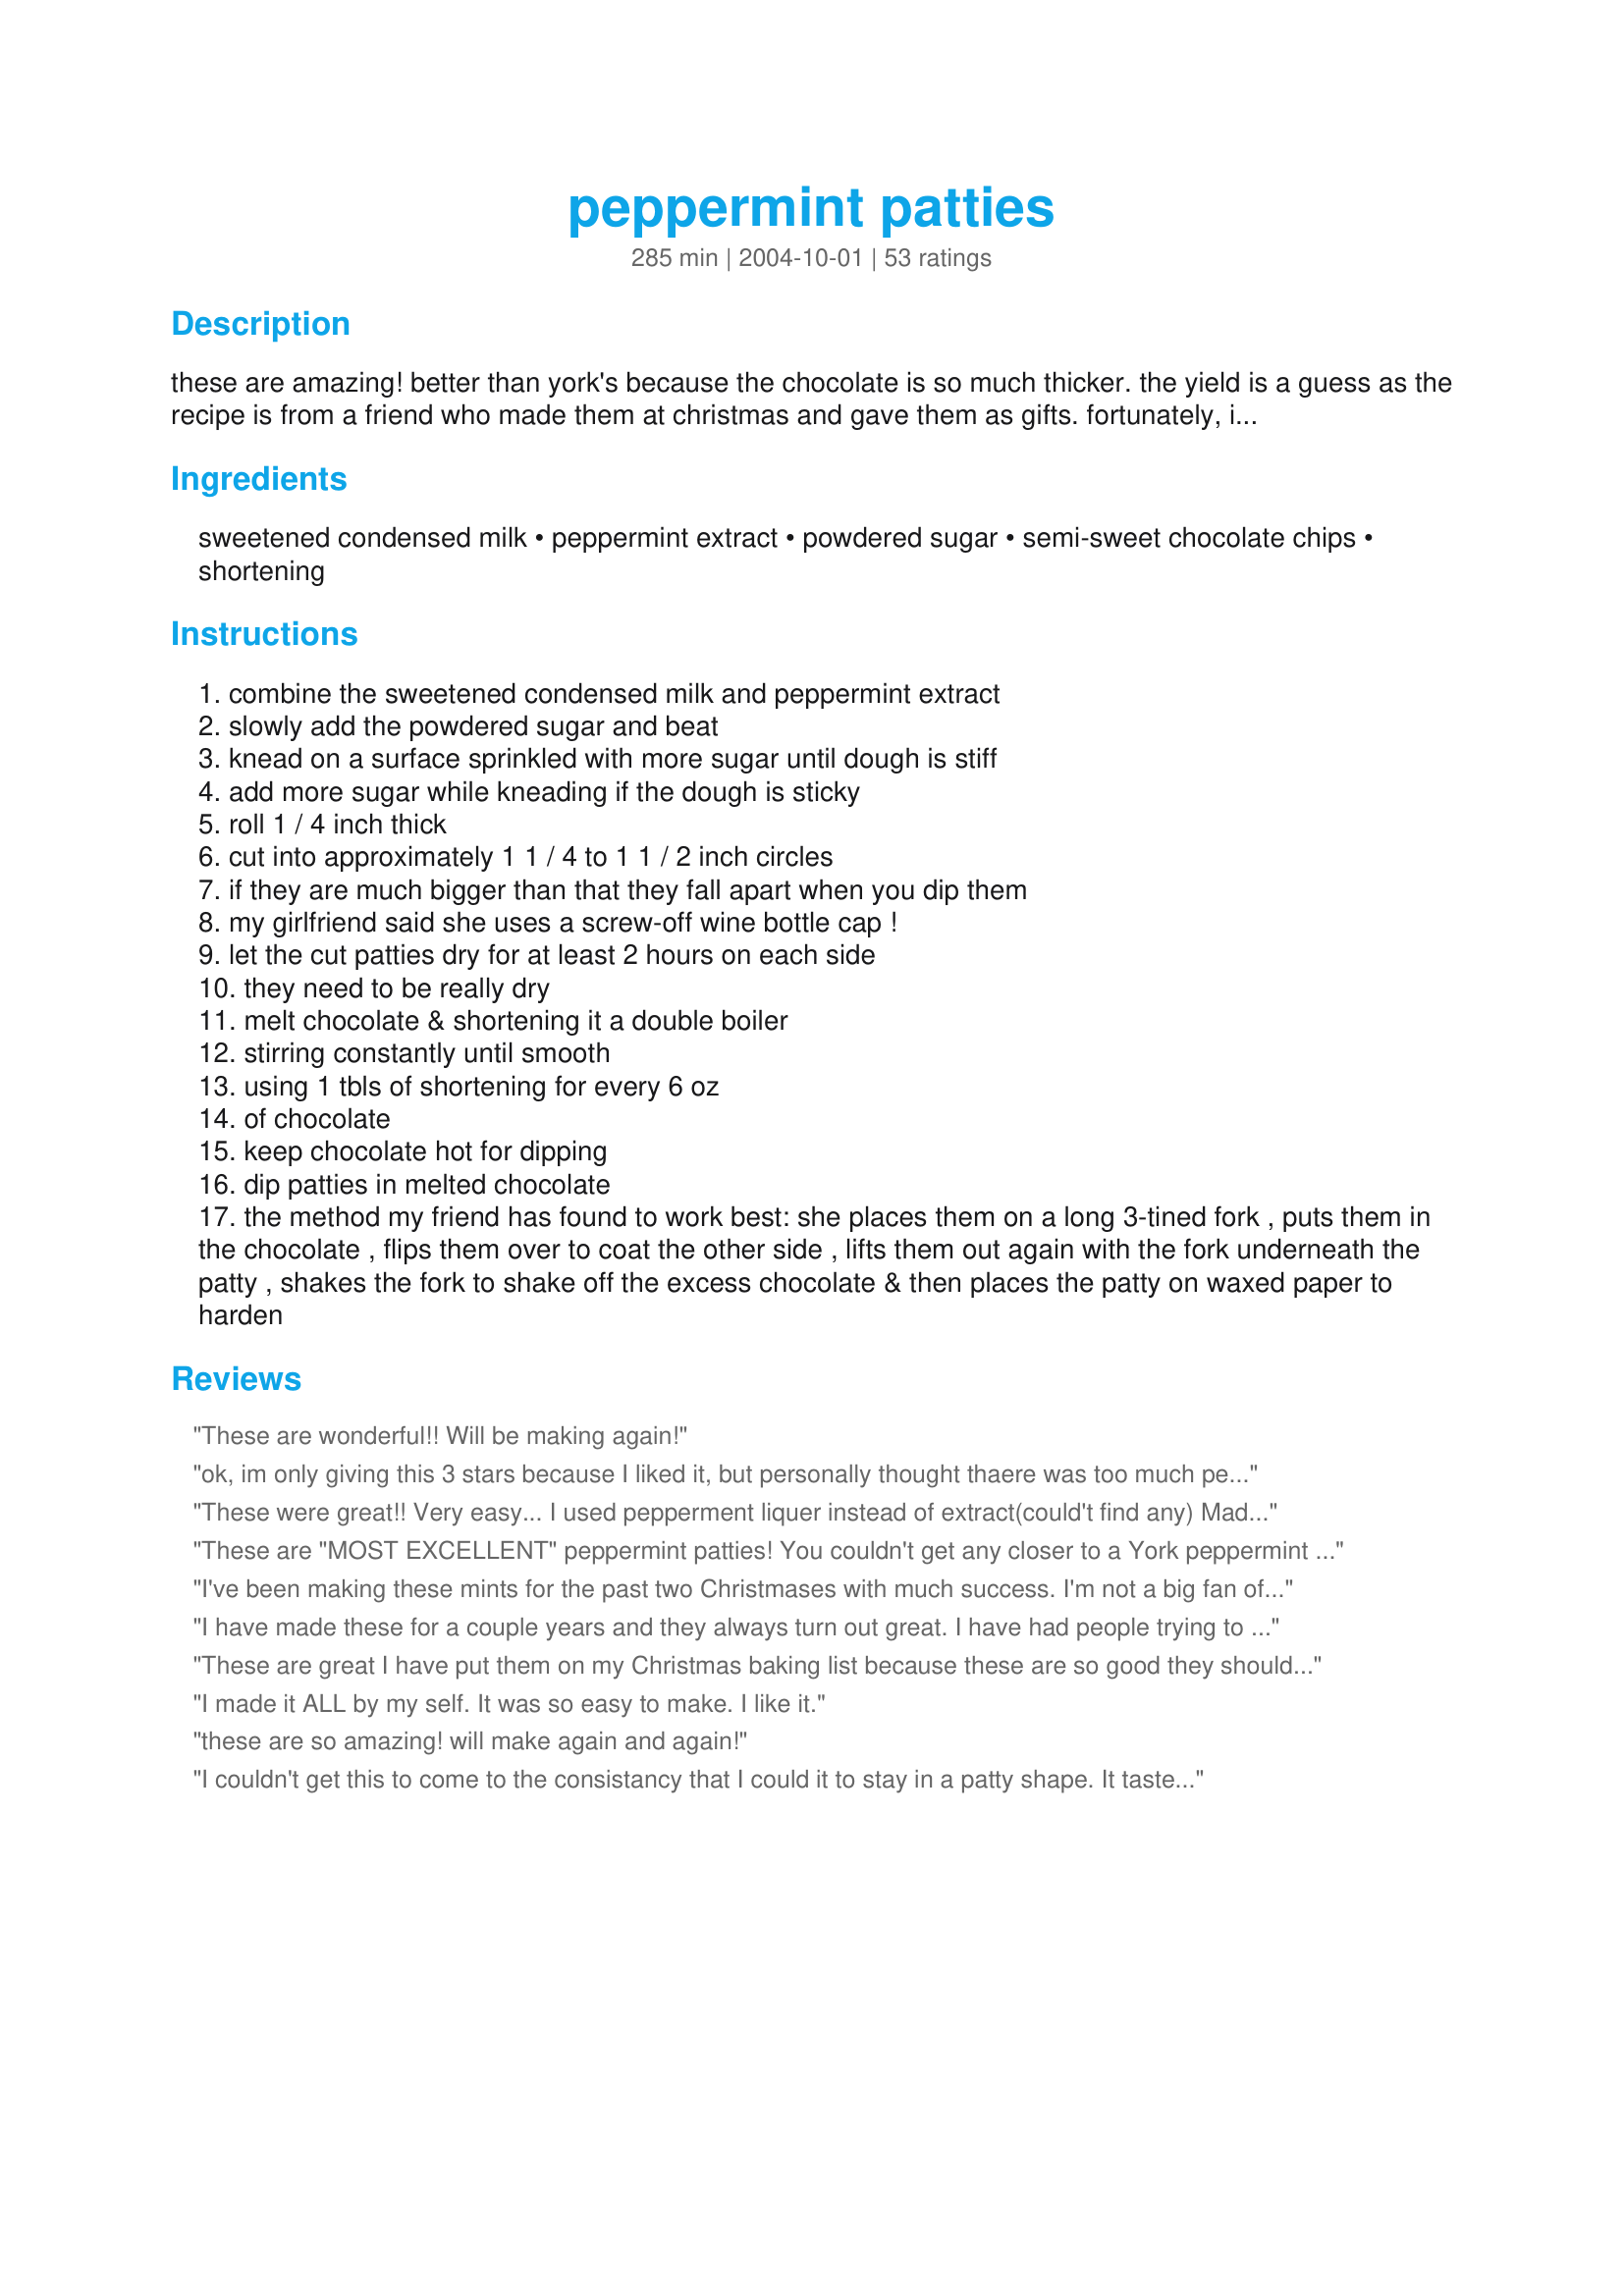
peppermint patties
Preparation time: 285 minutes

these are amazing! better than york's because the chocolate is so much thicker. the yield is a guess as the recipe is from a friend who made them at christmas and gave them as gifts. fortunately, i was one of the recipients.
this recipe has been updated to add more details after questions from reviewers. cooking time is really drying time for the centers.

Ingredients:
sweetened condensed milk, peppermint extract, powdered sugar, semi-sweet chocolate chips, shortening

Steps:
combine the sweetened condensed milk and peppermint extract
slowly add the powdered sugar and beat
knead on a surface sprinkled with more sugar until dough is stiff
add more sugar while kneading if the dough is sticky
roll 1 / 4 inch thick
cut into approximately 1 1 / 4 to 1 1 / 2 inch circles
if they are much bigger than that they fall apart when you dip them
my girlfriend said she uses a screw-off wine bottle cap !
let the cut patties dry for at least 2 hours on each side
they need to be really dry
melt chocolate & shortening it a double boiler
stirring constantly until smooth
using 1 tbls of shortening for every 6 oz
of chocolate
keep chocolate hot for dipping
dip patties in melted chocolate
the method my friend has found to work best: she places them on a long 3-tined fork , puts them in the chocolate , flips them over to coat the other side , lifts them out again with the fork underneath the patty , shakes the fork to shake off the excess chocolate & then places the patty on waxed paper to harden

Reviews:
These are wonderful!! Will be making again!
ok, im only giving this 3 stars because I liked it, but personally thought thaere was too much peppermint extract in them... however, i made them to bring to a christmas party, and almost the whole tray went! no one could believe i had made them, and everyone wanted the recipe. so i guess its just a matter of tastes. :) great recipe, thanks for sharing!
These were great!! Very easy... I used pepperment liquer instead of extract(could't find any) Made more than 200 and was planning to serve these at a function, but they all disapeared before the main course even started!!!
Very tasty... they melt in your mouth!!
These are "MOST EXCELLENT" peppermint patties! You couldn't get any closer to a York peppermint patty. These are so much better than York's though. I now have no reason to buy the store candy now. I made these for our Christmas party and decided that since it was christmas that I would add some red food coloring to the candy mixture to make the inside festive for the holidays. I also melted some white chocolate chips and divided the patties to have half white mints and half chocolate mints. My Dh took one from the pile and kept sneaking back for more, I have now hidden them from him so we'll have some for the party. LoL
Thanks Marg for posting this fabulous recipe.
I've been making these mints for the past two Christmases with much success. I'm not a big fan of Peppermint Patties but those in my family that are (and that is the whole reason I made them in the first place), say that these are better than York's because the chocolate to peppermint ratio can be controlled to an individual's likings. I like to dry out the discs for a nice long time and then fridge them so that they are nice and hard before I coat them. In addition to fridging the discs, I find that the thicker I cut them, the more they look like the real deal. Depending on who I'm making them fore, I coat once, cool and then dip again. Also, these look so pretty wrapped in red and green candy foils for the holidays. This is a time-consuming recipe but well worth the praise at the end! Enjoy!
I have made these for a couple years and they always turn out great. I have had people trying to bribe me to make them more. I left out the shortening in the chocolate, I also played with the amount of peppermint. Another thing I tried was add just a hint of peppermint extract to the chocolate while it was melted. I am trying to move away from extracts so I might try using peppermint oil instead as was mentioned in another review to see how that works.
These are great I have put them on my Christmas baking list because these are so good they should be made once a year. And they are so easy
I made it ALL by my self. It was so easy to make. I like it.
these are so amazing! will make again and again!
I couldn't get this to come to the consistancy that I could it to stay in a patty shape. It tasted good, though. I ended up using this to cover cherries for chocolate covered cherries #145411. Yum
5 wonderful stars! These IMPRESSED our double birthday party crowd, kids and adults alike, all 43 of them!.. ok, discount the 1 baby LOL. I did however need to take some drastic action because I didn't bargain on the difference a small substitution would make. I can't get peppermint Extract here, but did have some imported peppermint ESSENCE... First I added the recommended 1 Tablespoon, and couldn't taste the peppermint at all and needed to add another two tablesppons to make this taste pepperminty enough. The result of this was a very liquid mixture with the condensed milk so I needed an additional two and a half cups of icing sugar to make it anywhere near a firm dough form. After that I used a small wine bottle top to press out the circles and it made zillions of them LOL... Mine turned out small and fatter and extactly bite sized. I dried them overnight under a clean tea towel after drying them for 2 hours and turning them over, and the next morning they dipped like a dream... considering I'm a messy dipper LOL. If you are using ESSENCE instead of Extract I would *strongly recommend* not using the entire amount of the 14oz condensed milk to compensate for the extra liquid that the essence will make, or halve the recipe becuase I got at least 90 of my small ones from only *half* the mixture I ended up having. Guess what are the Birthday Treats Bags? LOL. That said, I would make these again in heartbeat, they are so well received and people here were amazed that I made them myself and the recipe was demanded several times. Please see my rating system: glitches not withstanding an excellent recipe that family and friends are already demanding that I make again. Thanks!
I just realized that I hadn't reviewed these yet! I made them for Christmas 2008 and they were a huge hit!! They're definitely a bit of work, but not difficult - more time consuming really. I was covered in chocolate by the time I was done dipping them, but I didn't really get the hang of dipping until I was nearly done. Next time I'll be able to do that a lot neater (I hope). No one that I served them to had even heard of homemade peppermint patties! I cut them out with a small oval cookie cutter and they were the perfect 2-bite size. The recipe makes a ton and I froze the leftovers with great results. Thanks for posting :)
I love these mints. They were very easy to make and tasted great. I did change the recipe slightly by adding 1 1/2 T cocoa and 1 tsp of vanilla, so I could have chocolate mint patties. I also used the microwave to melt the chocolate chips. Like one of the other reviewers, I rolled the dough into balls. Everyone who has tried them has really enjoyed them.
Really, really good. Simple too.
Great recipe.. Is a keeper.. I made some..and wrapped them in aluminum foil just like the york. They are very cute in my candy dish.. I did not roll them out and cut them. I rolled them in balls and flattened them in my palm and put them on the pan.. easy...
I've made these on three different occasions and every time they've turned out well. They taste kind of like junior mints and they always get eaten quick.
I&#039;ve made these for the past 5 or 6 years. I looked this up to get the recipe because I can&#039;t find the book i had written it in. the first couple years I made them, I dried them out &amp; they were good. though they dried out &amp; got stale after being frozen for a few months. the last couple years I became impatient because I make 5 or so batches &amp; it was taking way too long to get them all made. So now I cut out a tray worth at a time &amp; dip them immediately so that i can reuse that tray by time I&#039;m done with the next tray. When not dried, i find they freeze well in a bucket or ziplock bag for up to about 5 months. Also, for those who are looking for info on how much this makes, it makes about 6-7 lbs depending on how thick your chocolate coating is.
while the flavor of these were good, they were overwhelmingly sweet. my husband liked them a lot though, i guess it depends on how sweet you like your sweets. they were easy to make, just took a little time.
Yummy! I substituted spearmint for the peppermint and they were very good. Added a little bit of food coloring for a colorful surprise in the middle. I put them in my gift baskets for Christmas. Makes a great inexpensive gift.
I have been making these for a few years now. They are great frozen. As for dipping them, I could never get them to look neat, so I just started dipping them half-way so they are half-and-half.
Just made this recipe for our Christmas Eve party and everyone couldn't believe they were home made. I even had to give the recipe to a few people. This was better than the store bought by far.
Everyone loved these. We froze them before dipping and had very little trouble. Instead of a fork we used two bamboo skewers chopstick style which made it easier to slide them off after dipping and flipping. We skipped the shortening but did end up with some bloom on the chocolate after they cooled (white streaks). Does anyone know if the shortening would have prevented that or was it just a matter of chocolate temperature?
I added a half tsp of my homemade vanilla, and dipped in dark chocolate melting chocolate...yummo!
Can I give this 10 stars?!! I am not even a huge fan of peppermint flavor and I thought these were outstanding! I used low-fat sweetened condensed milk and melted 14 oz. of Ghiradelli's 60% dark chocolate chips in the microwave. I made made some changes based on comments from other reviewers. I omitted the shortening completely, formed the patties into balls and flattened them onto a parchment paper lined sheetpan then froze them overnight. After I covered them with chocolate, I again froze them on the parchment paper lined sheetpan! They were creamy and refreshing and I've already been told I have to make these (at the very least) for every special occasion to come! Thanks!!
super good! simple to put together and yummy. I used milk chocolate and they were very rich and creamy I am going to do another batch with dark chocolate to see which one i like better either way fantastic recipe, thank you.
WONDERFUL my children loved these as did my MIL and her best friend I made the inside purple for my sisters graduation party turned out to be really cute! I also froze the filling after shaping till I was ready to dip them the next day. this worked great for me.
really good and really easy! i rolled them into balls and froze overnight. also omitted the shortening. perfect for cookie exchanges!
These seemed too sweet at first, but then after sitting for a day, they were perfect! Of course, mine didn't look as good as York's, but they were very close to their flavor! My DH loves York's and he said these were better than them. Thanks for a keeper!
Great recipe. My daughter let me know about it. I rolled the mixture as indcated, but she said she just used her hands to press the mixture and then cut them out. I melted the chocolate in the microwave. It worked okay, but I finished them off by using a double boiler and those came out smoother. My daughter saw this as fast and easy to make. I saw it as easy, but I wouldn't use the word fast. It is time consuming to dip each one. I followed the recipe as written except I used canola oil instead of shortneing in the chocolate chips. The taste is excellent, they really do taste like peppermint patties. Thanks for sharing.
These are SOO good! Love them right out of the freezer!
These were as good or better then the store bought ones. I will never buy them again! I rolled all the "dough" out and cut it into 4 sections with my pizza cutter. 1/2 I dipped without drying & the other half I bagged up for another time. This recipe makes a lot. I had no problem dipping them without drying but I did not let my chocolate get hot enough to melt them either. I plan to roll the rest of the dough into balls and freeze them. Figure it will be easy to just stick a toothpick in and dip them. Thanks for this amazing recipe! So simple, so good. :)
whoa... there are incredibly good, and taste just like yorks (with better chocolate). they are also really fun to make! i used the bottle-cap method to cut them out, and it created perfect sized patties. i had to make sure to put a lot of powdered sugar underneath the "dough" because otherwise they would stick. at first i wanted to cut out little christmas trees but i think the dough was a little too soft and i eventually gave that up. for dipping, i did add the shortening and i think others are right... it should be omitted next time. the chocolate just did not solidify until i refrigerated them. make sure you use a quality chocolate on these! they are really impressive and make a LOT. my batch was way over 50... who knows? i ate a few...
These are AMAZING! I tinted the dough green with food coloring paste and rolled them out to about 1/4 inch. I didn't need as much powdered sugar as it called for, probably about 4 1/2-5 cups. I had a small melon ball tool and used this to make the rounds. Each was about 1 1/4&quot; in diameter. I let them dry for a couple of hours, then took the advice of other reviewers and froze them. I did add the shortening in the chocolate pieces that the recipe called for and I think is necessary for pretty peppermint patties. I used a tablespoon of peppermint extract as well. The trick is to only do 6-7 at a time fresh out of the freezer. I used a small fork to dip, flip, then shake off the excess chocolate. Do it quickly because the inside gets soft . These turned out beautifully! It made a little over 13 dozen.
These were great! Took me awhile to finish because they made so many (at least 90) but it was easy and well worth it! Very popular at the party I served them at. Only thing I didn't like was how dry the insides were. Id rather have it more moist and soft. So next time I'll probably not dry them out as much. I had no trouble dipping them at all and they ended up perfectly round. I rolled the sugar mixture with a rolling pin and cut circles with a small cookie cutter. I also think that less shortening should be used so the chocolate doesn't get so greasy and is more hard. =) YUM!
These are fantastic!! Tedious, but so, so, delicious! I ran out of chocolate half way through, not sure why. Anyway, I froze the remaining disks and will dip them later. I used the plastic lid from my sparkling water bottle, tried using 1 T of shortening in the melted chocolate, thought it was too thick added more shortening and didn&#039;t care for the texture as much. It was good, but it changed the flavor of the chocolate. I think next time I&#039;ll use one of the Big Bars from Trader Joe&#039;s and I&#039;ll make these over two days. This was not the recipe to make after a long day of running around. I let these dry for 5 hour and they held up well, some of the disks did get a little soft while dipping. I think freezing them and pulling them out to dip in batches is a great idea. These are well worth the effort. Thanks so much for sharing the keeper recipe!
Excellent!Excellent!I love these!I just finished making a batch.I found the dough came together very easily with 6 cups of icing sugar.It was easy to work with when I was rolling it out also.I used the top of a shot glass to form circles.I then put them in the freezer to dry.I took out 8 at a time for dipping..That way they would not all get too soft to dip.I didn't use shortening,just chocolate is fine.I used semi-sweet chocolate for dipping,it was perfect.These are going to be perfect Christmas gifts.
Was very pleased with this recipe. I made them yesterday evening and they are so good.
Very good. We made them as others had suggested by making a ball and pressing with the bottom of a glass. Took some time but are really worth it for a special treat. Thanks!
These taste great, as good if not better than York Peppermint Patties. Even the dipping was easy. I poured boiling water in a glass bowl that a shallow plastic bowl would fit in. I then pour the melted chocolate from the double boiler into plaastic bowl. Worked great. Thanks for the wonderful recipe.
I agree with Sherri35. These were quite time consuming to make, but came out REALLY nice for my first attempt with anything chocolate. I actually let my peppermint dry overnight and coated them the next day. Worked perfectly. Thanks for posting a keeper!
These turned out great. I used peppermint oil (3/4 teaspoon) instead of the extract. I also did not let dry before dipping. They were fine.
These were wonderful. This was simple to make. The dipping took a while, but that is common with these types of "candies". The labor is well worth it with these. It was helpful that I had a handy, dandy little tool I found at a kitchen store for only $2.49! I believe it is a candy dipping fork? Not sure. I saw it at the store, knew I was making these, and figured it would work great. It is a little 2 pronged fork. If you see one in a store, do yourself a favor and pick one up.
The flavor is great! But I had a tough time with the "dough." It was super sticky and so I had a hard time cutting out the circles. Mine were very thin, and broke every time they stuck to the counter (they even stuck to my slipat!). They taste amazing , but not sure if it's worth the effort. Maybe for special occasions. Oh, and I left out the shortening and used 2 forks to dip the patties.
OH. MY. GOSH. These are sooooo good! I made a batch over the weekend and actually made 65 patties. I used the lid from a spice jar to cut the dough into pattoes. I followed the advice of another reviewer and melted the chocolate in the mircowave, and added some milk to make it thin enough for dipping. Also used margarine instead of the shortening as that's what I had in the frige. Thank you so much for posting this recipe... I will be making these for my Christmas baskets
My DD was looking for something to make and I had everything in the house to make a half batch of this recipe. We used <a href="/22881">Sweetened Condensed Milk</a> for the condensed milk and a leftover chocolate easter bunny melted in the oven at 150 degrees for the chocolate. She did have some trouble getting it to roll out properly, but it was quite warm in the kitchen so that may have been the reason, so she just rolled it into balls which flattened out as they dried. We all really enjoyed this treat and I think I may have to make these for christmas too. thanks for posting.
When I read the suggestion to use a bottle cap I thought, "Wow, that's too small." I was wrong about that one. I made these closer to York pattie size and they were way too large. Some of them stuck together and the chocolate coating chipped off. On top of that, the peppermint was very strong and it overwhelmed the chocolate. To compensate, I quartered them, redipped them, and pretended I'd done it on purpose. I would definitely recommend going small on these... bottle cap-sized sounds just about right! I don't have a double boiler; I just used two saucepans of the same size and boiled water in the bottom one while nesting the second pan in it. It worked great.
These were outstanding, but I have a confession to make. They never made it to the chocolate dipping stage! LOL :D I couldn't help it! The middles of peppermint patties are so good...so rich...so...well, better than anything! They weren't even made into patties. Just spoonfuls of creamy delicious goodness... Thank you, Marg. THANK YOU a HUNDRED TIMES OVER for the middle!
I haven't tried these yet, but I'm planning on using them as part of a Valentine's/BF milemarker gift. I'll review when I make them!
EDIT: Made these...oh my goodness, they were so good! I shrunk the recipe (by about 80%) and used butter for the chocolate, instead of shortening. I wouldn't reccomend cutting these into shapes, because the chocolate coating muddles the edges and makes them look blobby. Other than that, I think these were perfect. Thanks, Marg!
These are sooo much better than commercially manufactured peppermint patties! I rolled mine very thin-- about 1/8th of an inch-- so that there'd be more chocolate and less mint. Rather than deal with the hassle and tedium of trying to form perfect circles, I cut mine into rectangles. I like them better this way-- they look more homemade and distinctive. I found that working with the dough was quite easy, although I had powdered sugar all over my kitchen. Now if I could only stop eating them...
I do a lot of baking at Christmas time. Every year I like to try a new recipe if not more! This was my new recipe to add to my Christmas baking list. This recipe is great! It's not difficult to make. The only reason it takes 4 hours to prepare is due to the drying process. These were simple to make and delicious! I made a double batch and it's a good thing I did! Thank you for sharing this delicious recipe! Another great recipe to add to my Christmas baking list.
These are wonderful. I rolled them into balls and flattened them with my hand like another reviewer had suggested, worked great. I will be making these over and over. After dipping them in chocolate, I placed them in the freezer for a bit to set, I just didn't have the patience to wait to try one. These taste like they would be so hard to make but they are actually quite simple. thank you for posting such a wonderful recipe.
The Best! I plan on adding this to Christmas baskets this year! I didn't have any semi-sweet chips, so I used milk chocolate chips and they still turned out delicious! I only let them dry out 1 hour per side and they turned out perfect! Thanks so much for posting! :o)
great
